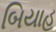
બિયાહ